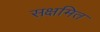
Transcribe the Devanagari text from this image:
सक्षमित